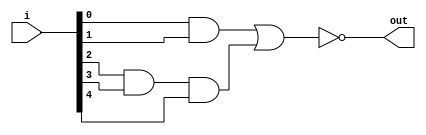
module aio_str(output out , input [4:0]i);
wire y1,y2;

and G1(y1,i[0],i[1]);
and G2(y2,i[2],i[3],i[4]);
nor G3(out,y1,y2);

endmodule